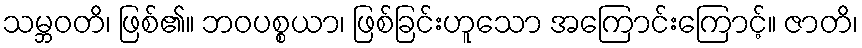
သမ္ဘဝတိ၊ ဖြစ်၏။ ဘဝပစ္စယာ၊ ဖြစ်ခြင်းဟူသော အကြောင်းကြောင့်။ ဇာတိ၊